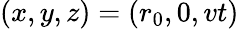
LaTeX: (x,y,z)=(r_{0},0,vt)